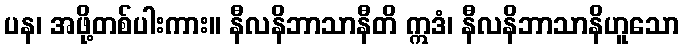
ပန၊ အဖို့တစ်ပါးကား။ နီလနိဘာသာနီတိ ဣဒံ၊ နီလနိဘာသာနိဟူသော